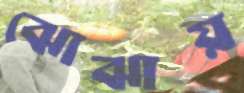
ঝোঝায়